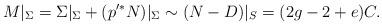
LaTeX: \begin{align*} M|_\Sigma = \Sigma|_\Sigma + (p'^*N)|_\Sigma \sim (N - D)|_S = (2g-2+e) C.\end{align*}